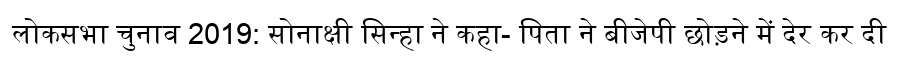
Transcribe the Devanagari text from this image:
लोकसभा चुनाव 2019: सोनाक्षी सिन्हा ने कहा- पिता ने बीजेपी छोड़ने में देर कर दी